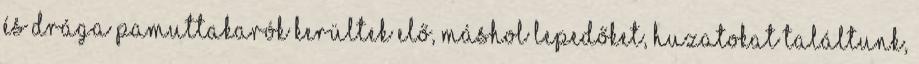
és drága pamuttakarók kerültek elő, máshol lepedőket, huzatokat találtunk,